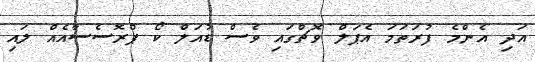
އަދި އެންމެ ފުރަތަމަ އެޕަލް ވޮޗްގައި ވެސް ޑުއަލް ކޯ ޕްރޮސެސާއެއް ލައި